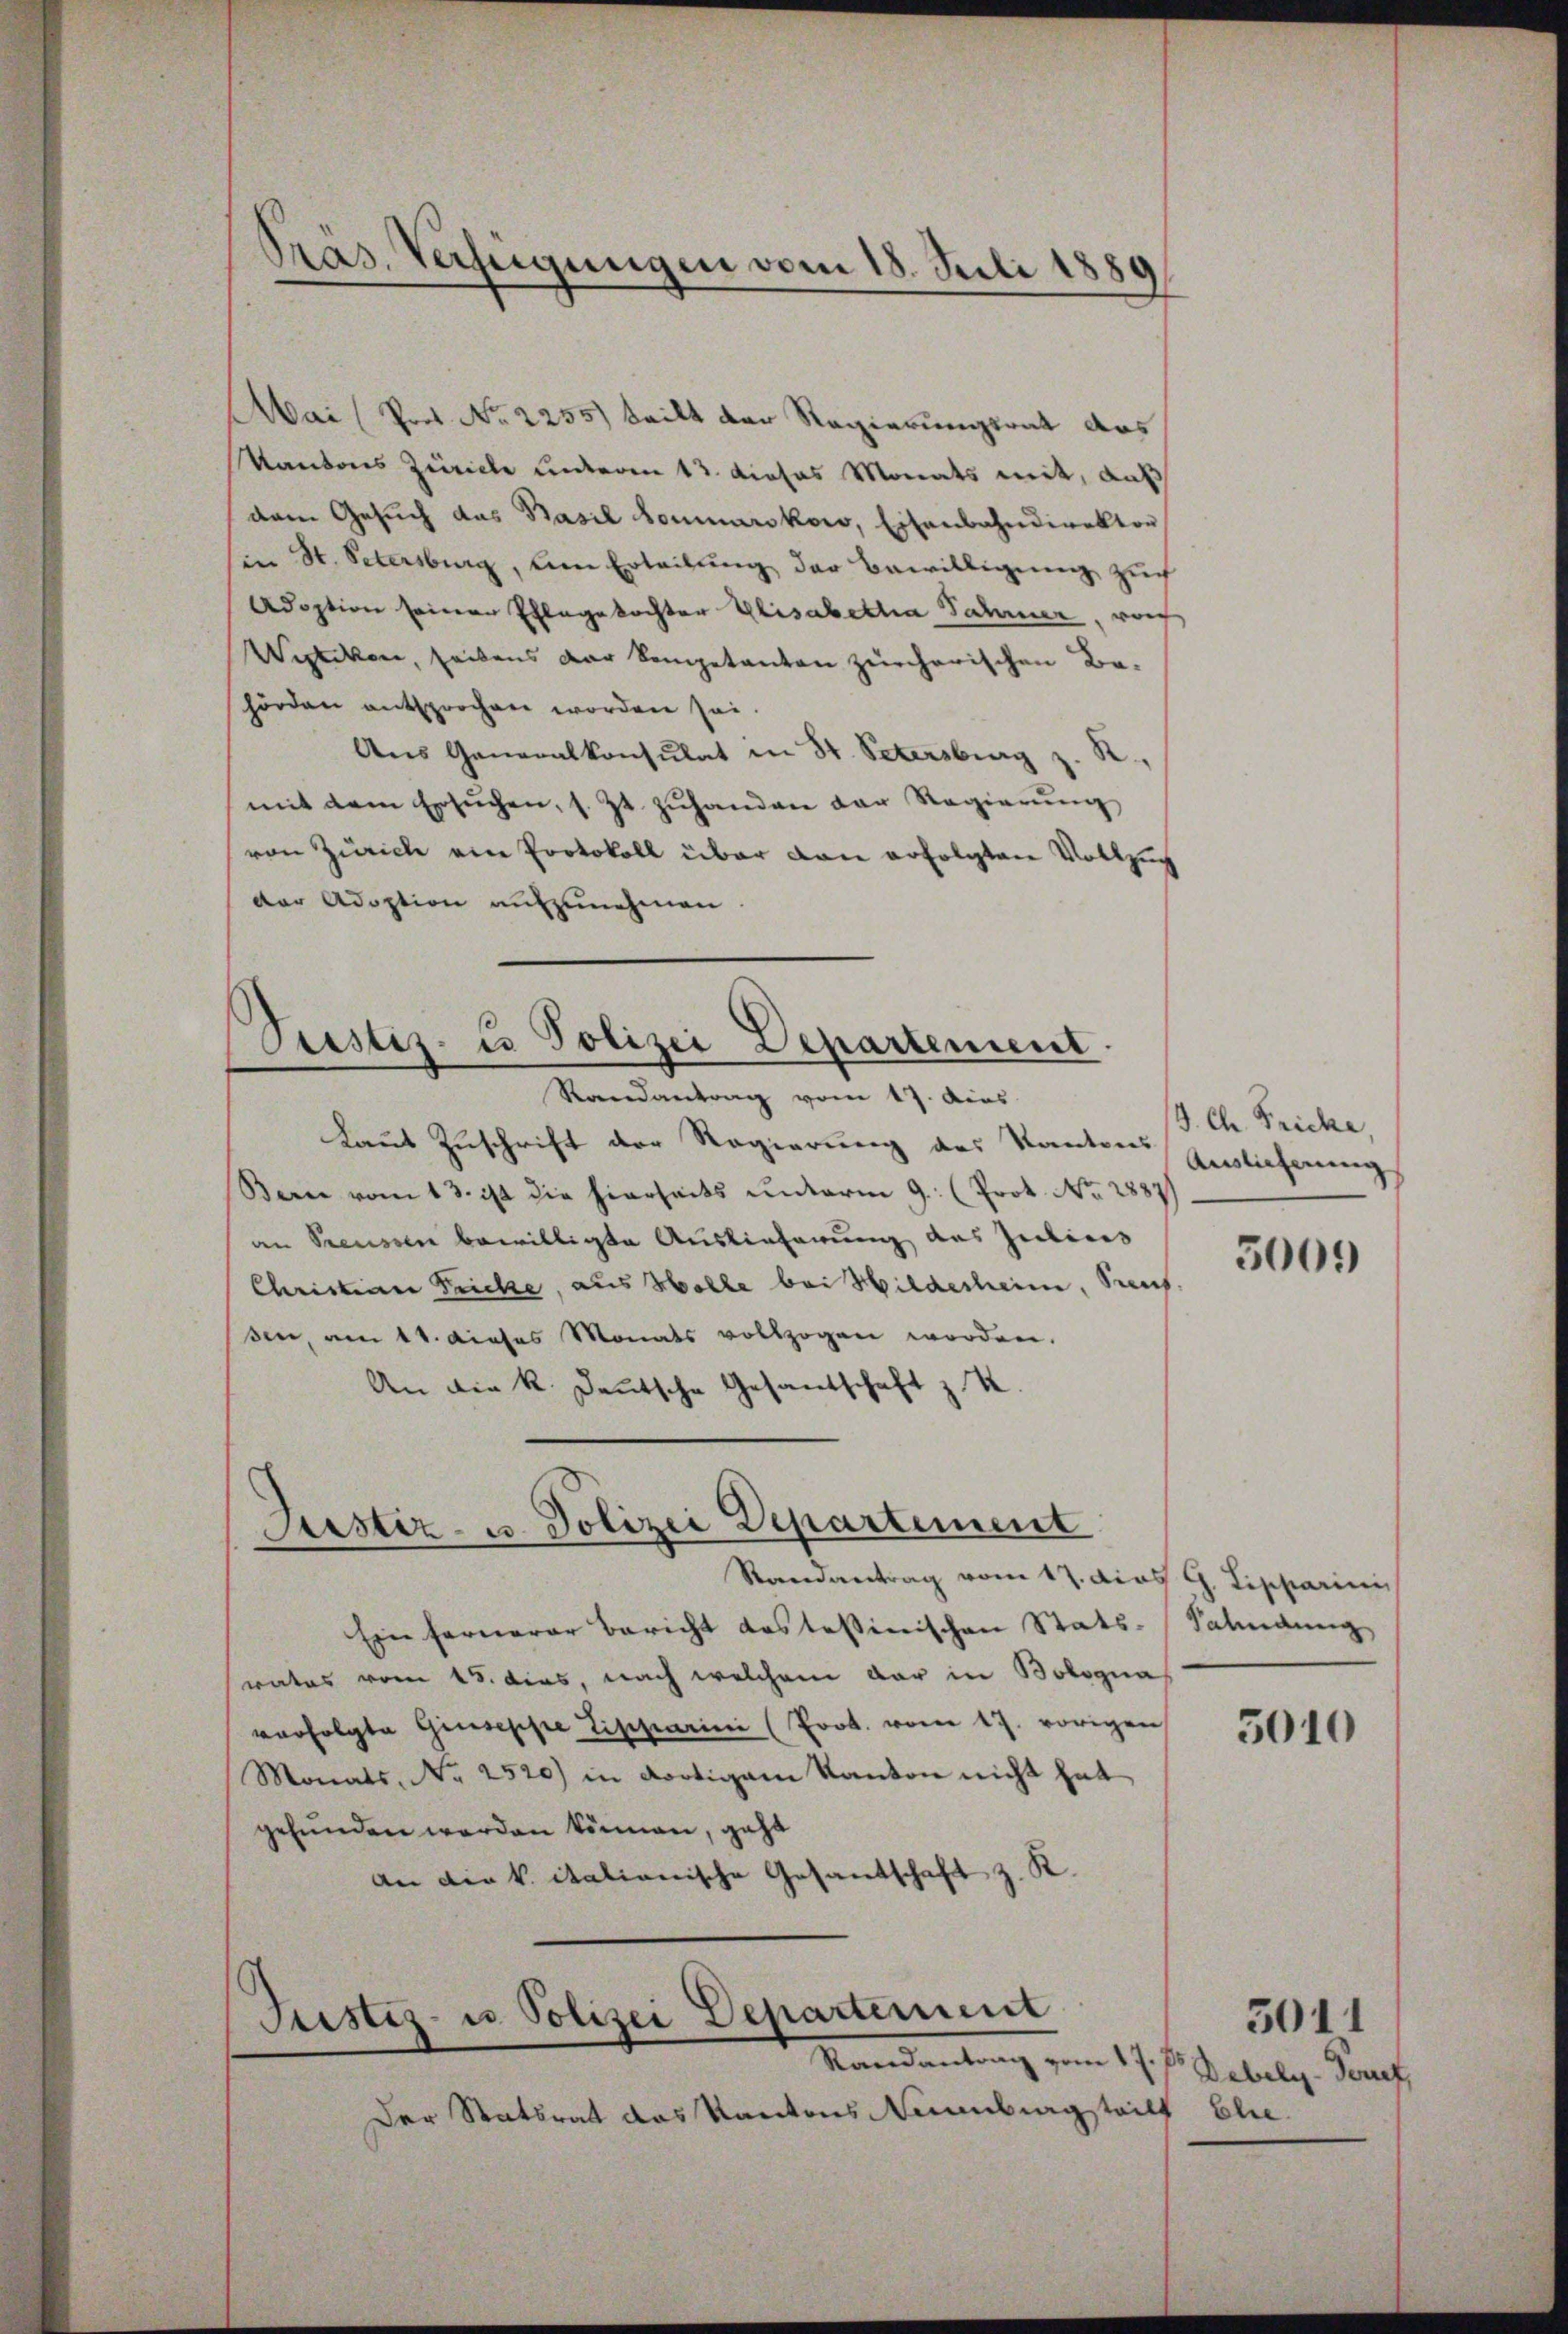
Mai (Pors No 2255) teilt der Regierungsrat das
Kantons Zürich unteren 13. dieses Monats mit, aus
dem Gesŭch das Basil dominarskow, Eisenbahndirektor
in St. Petersburg, um Erteilung der Bewilligung zuch
Adoption seinen Ehlegekochter Elisabetha Jahrer, von
Wytikon, seibens der kompetanten zürcherischen Be-
hörden entsprochen worden sei.
Aus Generalkonsulat in St. Petersburg z. R.,
mit dem Ersŭchen, s. Zt. zŭhanden der Regierŭng
von Zürich ein Protokoll über von erfolgten Vollzi
der Adoption aufzunehmen

Pras. Verfügungen vom 18. Juli 1880

Prestiz- u Polizei Departement

Randantrag vom 17. Aus
Laut Zuschrift der Regierung des Kantons
Bern vom 13. ist die hierseits unterm 9. (Prot. No. 2887)
an Preussen bewilligte Auslieferung des Juliers
Christian Fricke, aus Wolle bei Milderheim, Prof
sen, am 11. dieses Monats vollzogen worden.
An die k. deutsche Gesandschaft z. K
Randantrag vom 17. dies G. Tischarini
Ein fernerer Bericht das tessinischen Stats-
rates vom 15. dies, nach welchem dar in Bologna
verfolgte Giuseppe Tischarini (Prot. vom 17. vorigen
Monats, Nr. 2520) in dortigem Kanton nicht hat
gefunden werden können, geht
an die k. italianische Gesandschaft z. R.

Justiz- u. Polizei Departement

Justiz- u Polizei Departement
Randantrag vom 17. der Debely- Perf

Der Statsrat das Kantons Neuenburg teilt

J. Ch. Fricke
Auslieferung

5009

Fahndung,

5010

Ehe.

3011